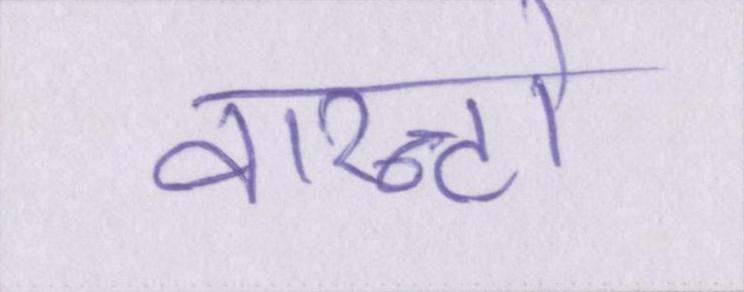
वारन्टो